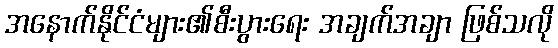
အနောက်နိုင်ငံများ၏စီးပွားရေး အချက်အချာ ဖြစ်သလို